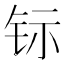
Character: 𮷿